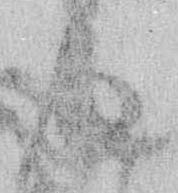
道